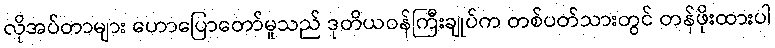
လိုအပ်တာများ ဟောပြောတော်မူသည် ဒုတိယဝန်ကြီးချုပ်က တစ်ပတ်သားတွင် တန်ဖိုးထားပါ